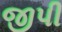
જીપી